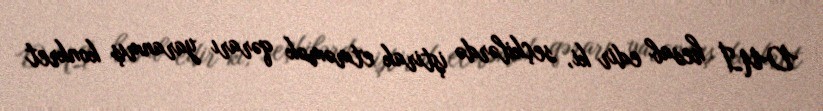
DUİ hesab edir ki, seçkilərdə iştirak etməmək qərarı yaranmış konkret